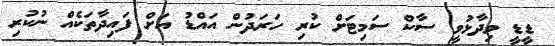
ޑީޑީ ވިދާޅުވީ ސާކް ސަމިޓަށް ކުރި ހަރަދުން އައްޑު އަށް ފައިދާތަކެއް ނުކުރި